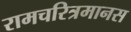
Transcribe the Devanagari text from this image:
रामचरित्रमानस